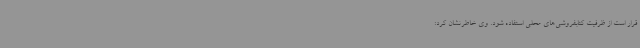
قرار است از ظرفیت کتابفروشی‌های محلی استفاده شود. وی خاطرنشان کرد: